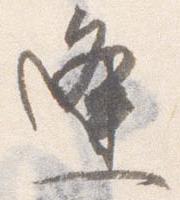
逢